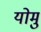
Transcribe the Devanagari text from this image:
योमु